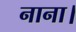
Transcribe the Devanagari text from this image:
नाना।